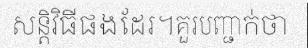
សន្តិវិធីផងដែរ។គួរបញ្ជាក់ថា